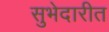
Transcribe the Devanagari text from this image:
सुभेदारीत